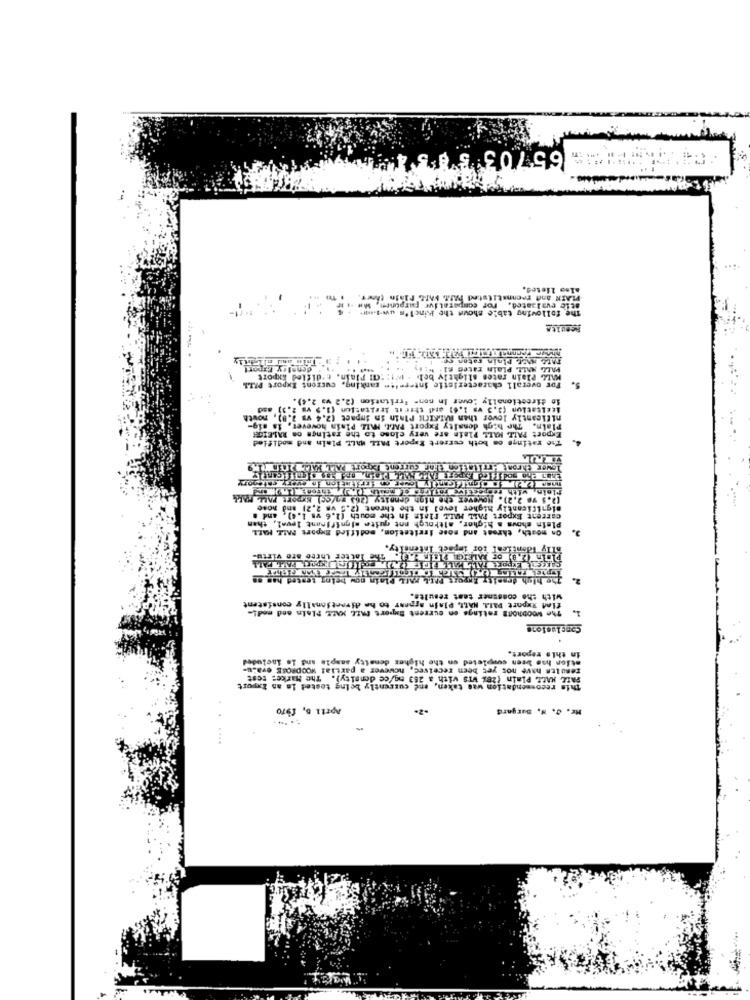
65703 553
also listes.
. TO
PLAIK and reennatifsted MAff. FAIL Plain theet.
The following table shoun the Kincl's uv-1-if'
atie evaluated, For comparatiur purpunem, shw ., we
"Trin and al Ihtiy
TALL MYL, Plain raten so
den Ify FFpart
PALL MALL. PLain raten #1 . "ity
MALL Plain rates slightly bel. - wt: "ai Plain. t'difled Export
For overall characteristic intermit- zarking, curzont Export PALL
lo dircationally Lover In non- Irritation (2.2 va 2.4).
ItEitation (3,3 vs 1,6) audi thatit Irritation (1.2 vs 2,3) asd
nificantly lovor than RATAIhit Plain in impact (2.4 vs 2.8), nowth
Plain. The high density Export PADL MAIL Plain however, is sig-
The ratings om both corrert Expert PALL MALL Plain and modified
Export PALL MALL Plain are very close to the ratings on RALEIGH
lower thront irritation thar current Export PALL MALL PIOTR 1.9
flein, with respective retires of month . Faren. ..
(2.5 ve 2. 2). However che high dennicy (263 aa/cc) Kyport FALL- POLL
significantly higher level in the thront (2.5 va 2.2) and nose
current Export PALL MALL Plais in the mouth (2.6 va_1.4), and .
On moath, threat and mose irritation, modified Export PALL MALL
Plain shows a higher, although not quite alonifinant level, then
3.
tor impact Intensity.
aTe V
it ter thcto
now being tested has ne
The high density
with the comsiner test results.
find Rxport PALA NALI, Plain appear to he directionally consistent
The woobhonE ratings en current Supert FALL KALL Plain and med !-
in this report.
ation has been completed on the higher density sample and is included
results have not yet been received, however a partial WOODROSE eva-u-
This recommendation was taken, end currently being tested le an Export
FATE HACE Plain (28% WIS with a 263 bg/ce density). The Market test
April b, 19To
r. J. W. Burgard